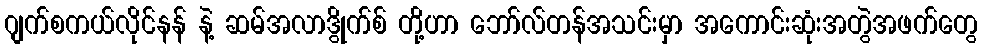
ဂျက်စကယ်လိုင်နန် နဲ့ ဆမ်အလာဒွိုက်စ် တို့ဟာ ဘော်လ်တန်အသင်းမှာ အကောင်းဆုံးအတွဲအဖက်တွေ